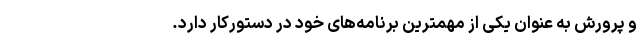
و پرورش به عنوان یکی از مهمترین برنامه‌های خود در دستورکار دارد.